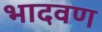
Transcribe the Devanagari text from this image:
भादवण